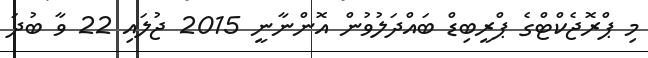
މި ޕްރޮޖެކްޓްގެ ޕްރީބިޑް ބައްދަލުވުން އޮންނާނީ 2015 ޖުލައި 22 ވާ ބުދަ